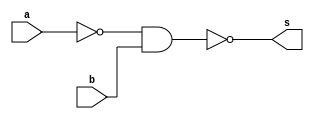
/*
* Aluno: Henrique Augusto Rodrigues
* Arquitetura 1 - Tarde
* Guia_05 Extra 0507 Exemplo 0508.
*/
module ex_08 (output s, input a, b);

wire not_a;

nand NOTa (not_a, a, a);

nand NAND1 (s, not_a, b);

endmodule

module control (output s, input a, b);

assign s = a | ~b;

endmodule

module test;

reg x;
reg y;
wire a, b;

ex_08 moduloA (a, x, y);
control moduloB (b, x, y);

//main
initial
begin : main
//id
$display("Guia 05 Ex. 08");

//monitor
$display("  x   y   NAND   Controle");

//first signal
#1 x=1'b0; y=1'b0;

$monitor("%3b %3b %4b %8b", x, y, a, b);

//signals
#1 x=0; y=1;
#1 x=1; y=0;
#1 x=1; y=1;

end // main
endmodule // Guia